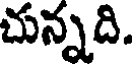
చున్నది.